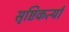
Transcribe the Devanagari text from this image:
सृष्टिकर्त्या